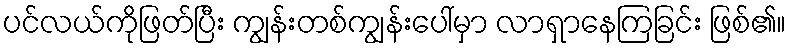
ပင်လယ်ကိုဖြတ်ပြီး ကျွန်းတစ်ကျွန်းပေါ်မှာ လာရှာနေကြခြင်း ဖြစ်၏။